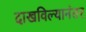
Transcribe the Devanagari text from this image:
दाखविल्यानंतर